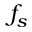
f _ { s }